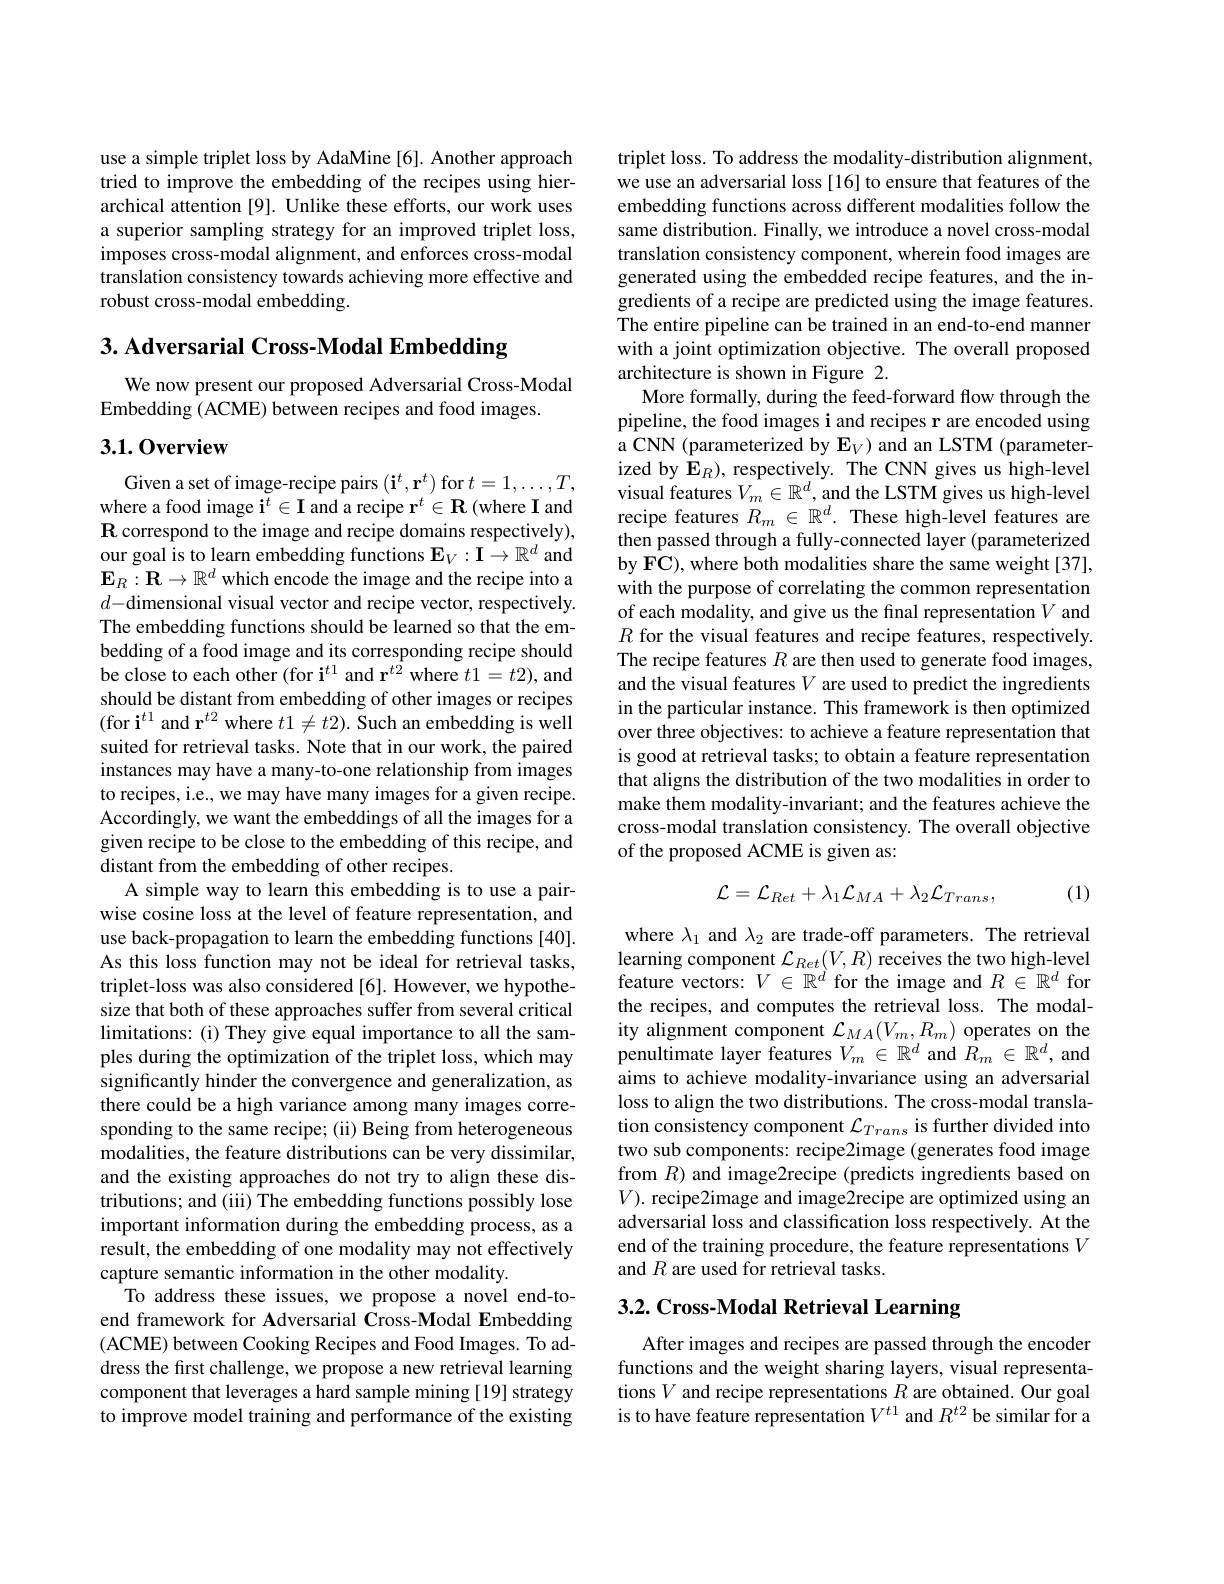
use a simple triplet loss by AdaMine [6]. Another approach tried to improve the embedding of the recipes using hierarchical attention [9]. Unlike these efforts, our work uses a superior sampling strategy for an improved triplet loss, imposes cross-modal alignment, and enforces cross-modal translation consistency towards achieving more effective and robust cross-modal embedding.

3. Adversarial Cross-Modal Embedding

We now present our proposed Adversarial Cross-Modal
Embedding (ACME) between recipes and food images.

## 3.1.0verview

Given a set of image-recipe pairs $(\mathbf{i}^t,\mathbf{r}^t)$ for $t=1,\ldots,T$, where a food image $\tilde{\mathbf{i}}^t\in\mathbf{I}$ and a recipe $\mathbf{r}^t\in\mathbf{R}$ (where I and R correspond to the image and recipe domains respectively), our goal is to learn embedding functions $\mathbf{E}_V:\mathbf{I}\to\mathbb{R}^d$ and $\mathbf{E}_R:\mathbf{R}\to\mathbb{R}^d$ which encode the image and the recipe into a $d$- dimensional visual vector and recipe vector, respectively. The embedding functions should be learned so that the embedding of a food image and its corresponding recipe should be close to each other (for i$^t1$ and r$^{\hat{t}2}$ where $t1=t2)$,and should be distant from embedding of other images or recipes (for i$^t1$ and r$^t2$ where $t1\neq t2).$ Such an embedding is well suited for retrieval tasks. Note that in our work, the paired instances may have a many-to-one relationship from images to recipes, i.e., we may have many images for a given recipe. Accordingly, we want the embeddings of all the images for a given recipe to be close to the embedding of this recipe, and distant from the embedding of other recipes.
A simple way to learn this embedding is to use a pairwise cosine loss at the level of feature representation, and use back-propagation to learn the embedding functions [40]. As this loss function may not be ideal for retrieval tasks, triplet-loss was also considered[6]. However, we hypothesize that both of these approaches suffer from several critical limitations: (i) They give equal importance to all the samples during the optimization of the triplet loss, which may significantly hinder the convergence and generalization, as there could be a high variance among many images corresponding to the same recipe; (ii) Being from heterogeneous modalities, the feature distributions can be very dissimilar, and the existing approaches do not try to align these distributions; and (iii) The embedding functions possibly lose important information during the embedding process, as a result, the embedding of one modality may not effectively capture semantic information in the other modality.
To address these issues, we propose a novel end-toend framework for Adversarial Cross-Modal Embedding (ACME) between Cooking Recipes and Food Images. To address the first challenge, we propose a new retrieval learning component that leverages a hard sample mining [19] strategy to improve model training and performance of the existing

triplet loss. To address the modality-distribution alignment, we use an adversarial loss [16] to ensure that features of the embedding functions across different modalities follow the same distribution. Finally, we introduce a novel cross-modal translation consistency component, wherein food images are generated using the embedded recipe features, and the ingredients of a recipe are predicted using the image features. The entire pipeline can be trained in an end-to-end manner with a joint optimization objective. The overall proposed architecture is shown in Figure 2.
More formally, during the feed-forward flow through the pipeline, the food images i and recipes r are encoded using a CNN (parameterized by $\mathbf{E}_V)$ and an LSTM (parameterized by $\mathbf{E}_R)$, respectively. The CNN gives us high-level visual features $V_m\in\mathbb{R}^d$, and the LSTM gives us high-level recipe features $R_m\in\mathbb{R}^d.$ These high-level features are then passed through a fully-connected layer (parameterized by FC), where both modalities share the same weight [37], with the purpose of correlating the common representation of each modality, and give us the final representation $V$ and $R$ for the visual features and recipe features, respectively. The recipe features $R$ are then used to generate food images, and the visual features $V$ are used to predict the ingredients in the particular instance. This framework is then optimized over three objectives: to achieve a feature representation that is good at retrieval tasks; to obtain a feature representation that aligns the distribution of the two modalities in order to make them modality-invariant; and the features achieve the cross-modal translation consistency. The overall objective of the proposed ACME is given as:
$$\mathcal{L}=\mathcal{L}_{Ret}+\lambda_{1}\mathcal{L}_{MA}+\lambda_{2}\mathcal{L}_{Trans},$$
(1)

where $\lambda_1$ and $\lambda_2$ are trade-off parameters. The retrieval learning component $\mathcal{L}_Ret(V,R)$ receives the two high-level feature vectors: $V\in\mathbb{R}^d$ for the image and $R\in\mathbb{R}^d$ for the recipes, and computes the retrieval loss. The modality alignment component $\mathcal{L}_MA(V_m,R_m)$ operates on the penultimate layer features $V_m\in\mathbb{R}^d$ and $\hat{R}_m\in\mathbb{R}^d$, and aims to achieve modality-invariance using an adversarial loss to align the two distributions. The cross-modal translation consistency component $\mathcal{L}_Trans$ is further divided into two sub components: recipe2image (generates food image from $R$) and image2recipe (predicts ingredients based on $V).$ recipe2image and image2recipe are optimized using an adversarial loss and classification loss respectively. At the end of the training procedure, the feature representations $V$ and $R$ are used for retrieval tasks.

# 3.2. Cross-Modal Retrieval Learning

After images and recipes are passed through the encoder functions and the weight sharing layers, visual representations $V$ and recipe representations $R$ are obtained. Our goal is to have feature representation $V^{t1}$ and $R^{t2}$ be similar for a